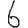
Digit: 6